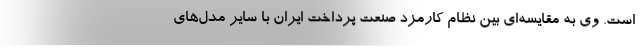
است. وی به مقایسه‌ای بین نظام کارمزد صنعت پرداخت ایران با سایر مدل‌های